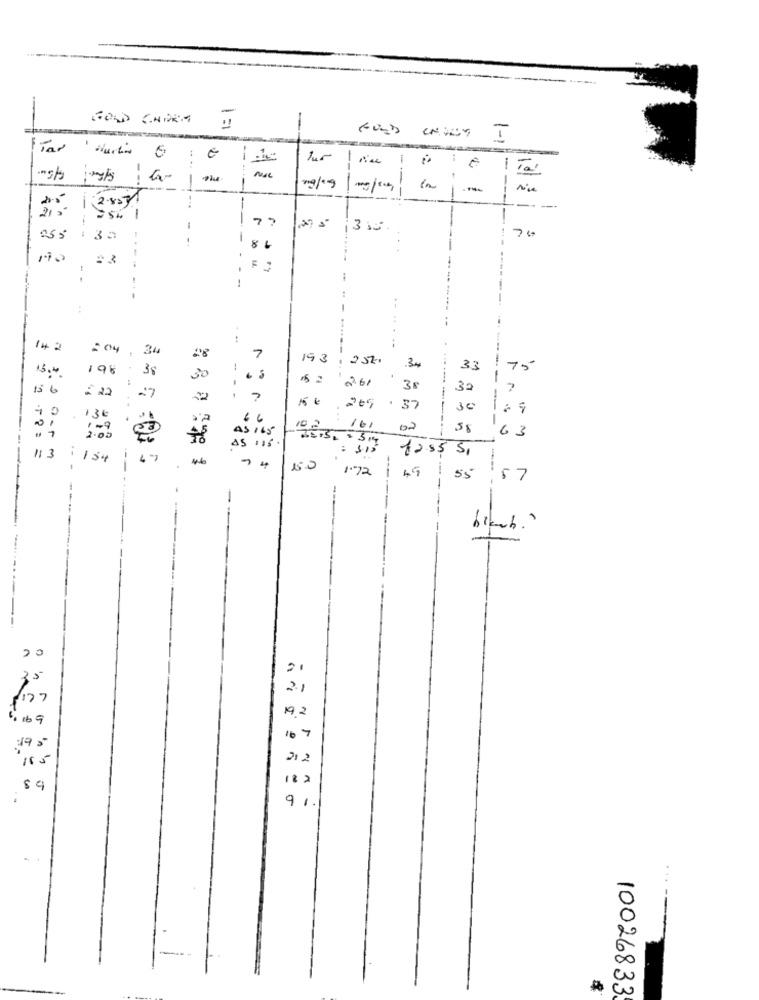
GOLD CHORA !!
-
1-1
-
-
*5/9
1 2.853
---
-
254 1
177
..
M
---
76
------
...
--
--
-
.. .. . ..
14 2
:04
34
7
193
25%.
13.40
198
38
!
34
33
15
30
.
52
-...-----
-
156
27
261
38
32
= 22
7
10
265
in
30
--
130
66
...
-
01
AS 165
102
16.
02
58
63
: SIS
ta55 51
113
i154
47
15.0 1.72
1 45 : 55
5 7
----
---------
20
0
3.5
2.
169
19,2
195
212
J
91.
-
1002683